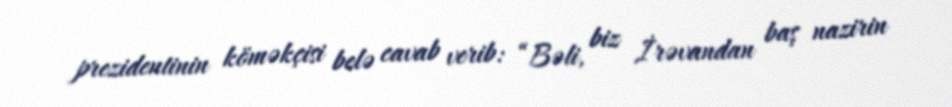
prezidentinin köməkçisi belə cavab verib: “Bəli, biz İrəvandan baş nazirin